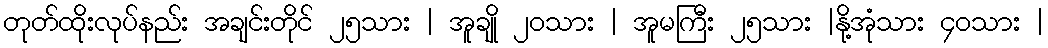
တုတ်ထိုးလုပ်နည်း အချင်းတိုင် ၂၅သား | အူချို ၂၀သား | အူမကြီး ၂၅သား |နို့အုံသား ၄၀သား |